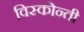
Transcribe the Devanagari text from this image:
विस्कोन्ती